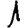
Digit: 1